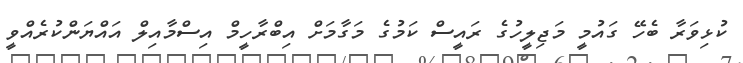
ކުޅިވަރާ ބެހޭ ގައުމީ މަޖިލީހުގެ ރައީސް ކަމުގެ މަގާމަށް އިބްރާހީމް އިސްމާއިލް އައްޔަންކުރެއްވީ